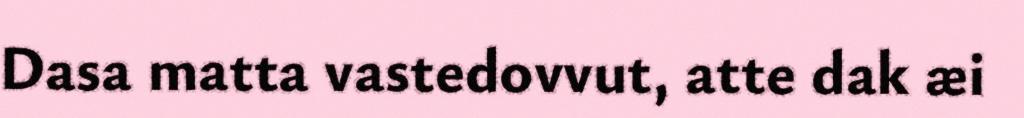
Dasa matta vastedovvut, atte dak æi